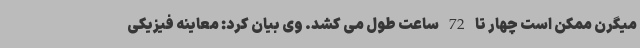
میگرن ممکن است چهار تا 72 ساعت طول می کشد. وی بیان کرد: معاینه فیزیکی